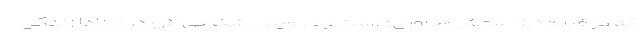
که در فیلم نیز اسمش «خاوری» است و در ویلای شخصی‌اش در کانادا زندگی